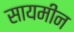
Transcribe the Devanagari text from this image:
सायमीन